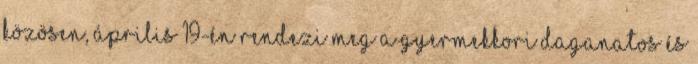
közösen, április 19-én rendezi meg a Gyermekkori daganatos és